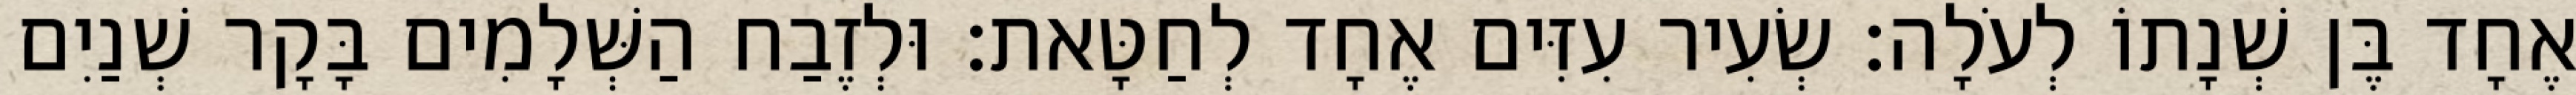
אֶחָד בֶּן שְׁנָתוֹ לְעֹלָה׃ שְׂעִיר עִזִּים אֶחָד לְחַטָּאת׃ וּלְזֶבַח הַשְּׁלָמִים בָּקָר שְׁנַיִם